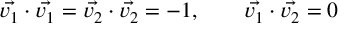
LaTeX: \vec { v _ { 1 } } \cdot \vec { v _ { 1 } } = \vec { v _ { 2 } } \cdot \vec { v _ { 2 } } = - 1 , \qquad \vec { v _ { 1 } } \cdot \vec { v _ { 2 } } = 0